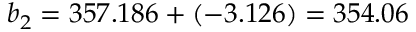
b _ { 2 } = 3 5 7 . 1 8 6 + ( - 3 . 1 2 6 ) = 3 5 4 . 0 6